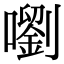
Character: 嚠